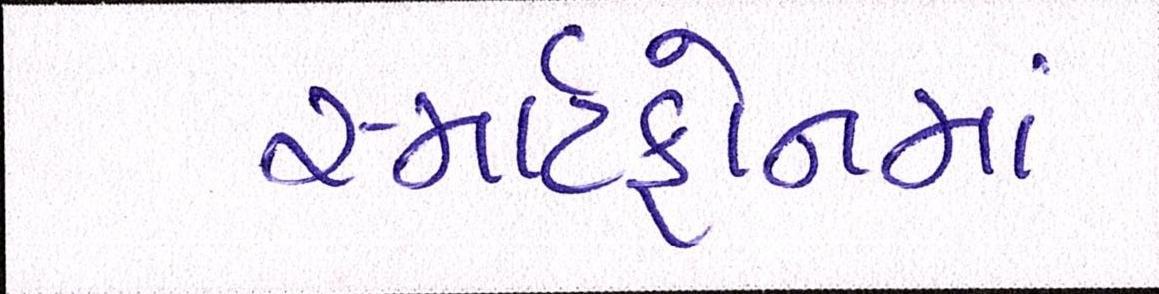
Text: સ્માર્ટફોનમાં